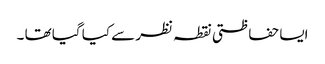
ایسا حفاظتی نقطہ نظر سے کیا گیا تھا ۔